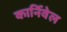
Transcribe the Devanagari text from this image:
कार्निवेल